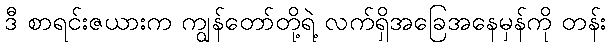
ဒီ စာရင်းဇယားက ကျွန်တော်တို့ရဲ့ လက်ရှိအခြေအနေမှန်ကို တန်း